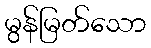
မွန်မြတ်သော